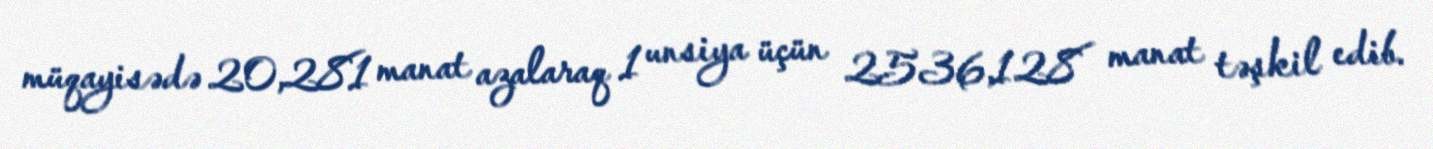
müqayisədə 20,281 manat azalaraq 1 unsiya üçün 2536,128 manat təşkil edib.